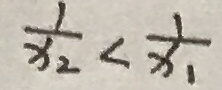
\frac { 1 } { x _ { 2 } } < \frac { 1 } { x _ { 1 } }